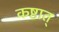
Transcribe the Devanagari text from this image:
कष्टात्